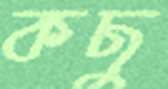
কছু